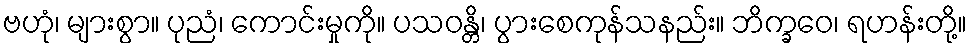
ဗဟုံ၊ များစွာ။ ပုညံ၊ ကောင်းမှုကို။ ပသဝန္တိ၊ ပွားစေကုန်သနည်း။ ဘိက္ခဝေ၊ ရဟန်းတို့။